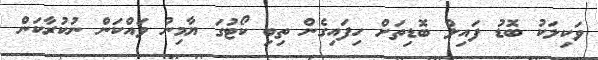
ވަކިލަކު ބޮޑު ފައިލް ބޮޑިތަށް ހިފައިގެން ތިބި ކޯޓުގަ ޔާމިނު ވައްކަން ނުކުރާކަން